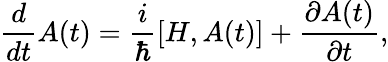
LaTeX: {\frac{d}{dt}}A(t)={\frac{i}{\hbar}}[H,A(t)]+{\frac{\partial A(t)}{\partial t}},